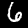
Digit: 6